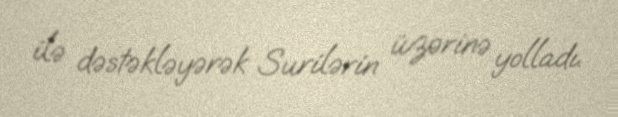
ilə dəstəkləyərək Surilərin üzərinə yolladı.